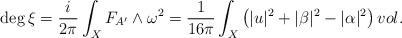
LaTeX: \begin{align*} \deg \xi = \frac{i}{2 \pi} \int_{X} F_{A'} \wedge \omega^2 = \frac{1}{16 \pi} \int_{X} \left( |u|^2 + | \beta |^2 - | \alpha |^2 \right) vol. \end{align*}